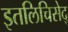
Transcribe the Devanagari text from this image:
इतलिचिसेद्